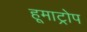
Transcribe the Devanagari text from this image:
हूमाट्रोप